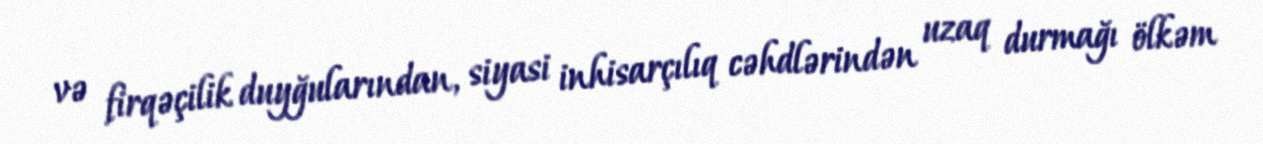
və firqəçilik duyğularından, siyasi inhisarçılıq cəhdlərindən uzaq durmağı ölkəm